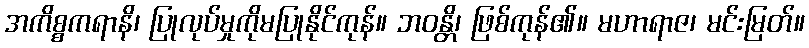
အကိစ္စကရာနိ၊ ပြုလုပ်မှုကိုမပြုနိုင်ကုန်။ ဘဝန္တိ၊ ဖြစ်ကုန်၏။ မဟာရာဇ၊ မင်းမြတ်။